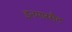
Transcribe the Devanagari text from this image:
इनमारसैट